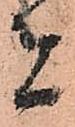
者